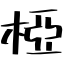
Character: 椏